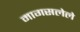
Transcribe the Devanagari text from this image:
मागसलेले